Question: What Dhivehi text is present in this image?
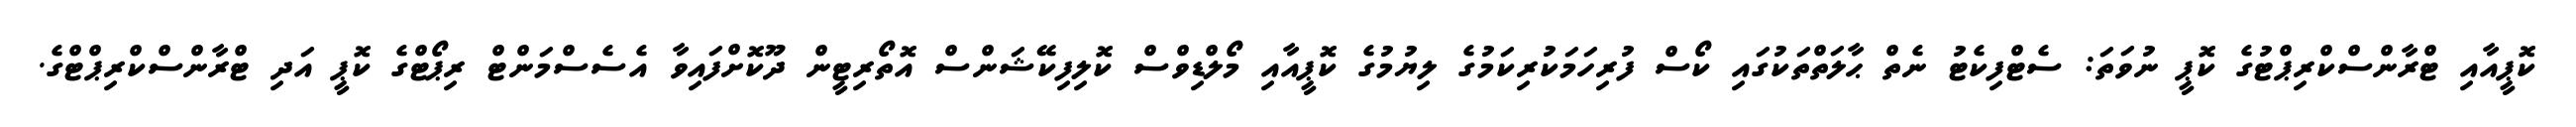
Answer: ކޮޕީއާއި ޓްރާންސްކްރިޕްޓުގެ ކޮޕީ ނުވަތަ: ސެޓްފިކެޓު ނެތް ޙާލަތްތަކުގައި ކޯސް ފުރިހަމަކުރިކަމުގެ ލިޔުމުގެ ކޮޕީއާއި މޯލްޑިވްސް ކޮލިފިކޭޝަންސް އޮތޯރިޓީން ދޫކޮށްފައިވާ އެސެސްމަންޓް ރިޕޯޓްގެ ކޮޕީ އަދި ޓްރާންސްކްރިޕްޓްގެ.